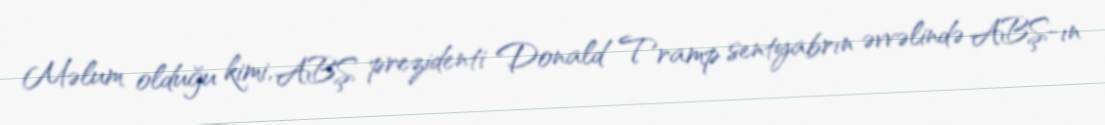
Məlum olduğu kimi, ABŞ prezidenti Donald Tramp sentyabrın əvvəlində ABŞ-ın